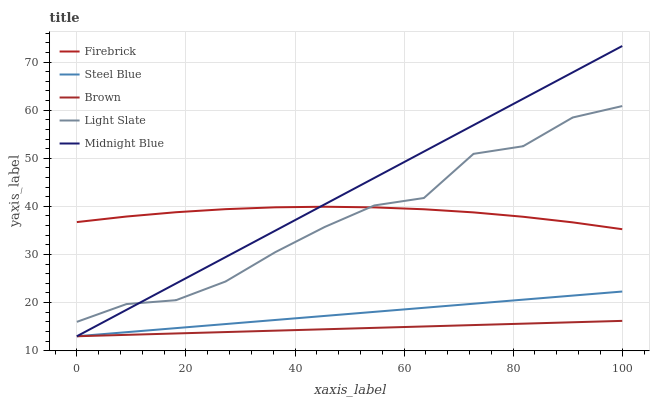
| xaxis_label | Firebrick | Steel Blue | Brown | Light Slate | Midnight Blue |
 | --- | --- | --- | --- | --- | --- |
 | 0 | 36.7 | 13 | 13 | 16 | 13 |
 | 9.09 | 37.9 | 13.8 | 13.3 | 19.7 | 18.5 |
 | 18.2 | 38.8 | 14.7 | 13.6 | 20.5 | 24 |
 | 27.3 | 39.4 | 15.5 | 13.9 | 24.4 | 29.5 |
 | 36.4 | 39.8 | 16.4 | 14.2 | 30.5 | 34.9 |
 | 45.5 | 39.9 | 17.2 | 14.5 | 35.7 | 40.4 |
 | 54.5 | 39.8 | 18.1 | 14.7 | 40.2 | 45.9 |
 | 63.6 | 39.4 | 18.9 | 15 | 41.7 | 51.4 |
 | 72.7 | 38.7 | 19.8 | 15.3 | 50.9 | 56.9 |
 | 81.8 | 37.8 | 20.6 | 15.6 | 52.5 | 62.4 |
 | 90.9 | 36.7 | 21.5 | 15.9 | 58.5 | 67.9 |
 | 100 | 35.3 | 22.3 | 16.2 | 60.9 | 73.3 |